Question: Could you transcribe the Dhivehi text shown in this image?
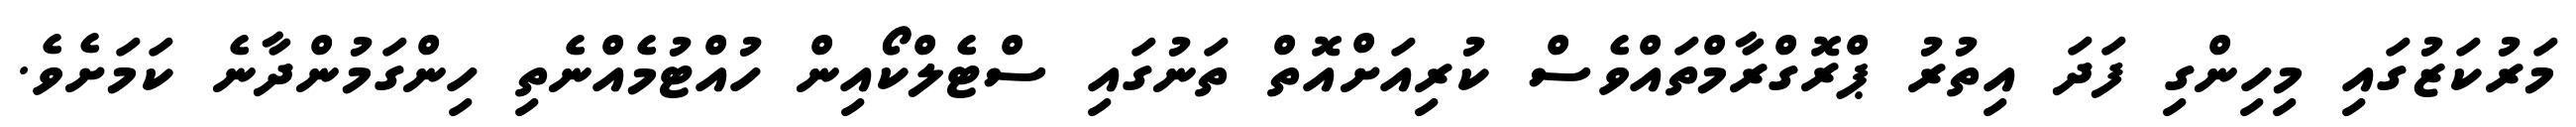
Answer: މަރުކަޒުގައި މިހިންގި ފަދަ އިތުރު ޕްރޮގްރާމްތައްވެސް ކުރިއަށްއޮތް ތަނުގައި ސްޓެލްކޯއިން ހުއްޓުމެއްނެތި ހިންގަމުންދާނެ ކަމަށެވެ.